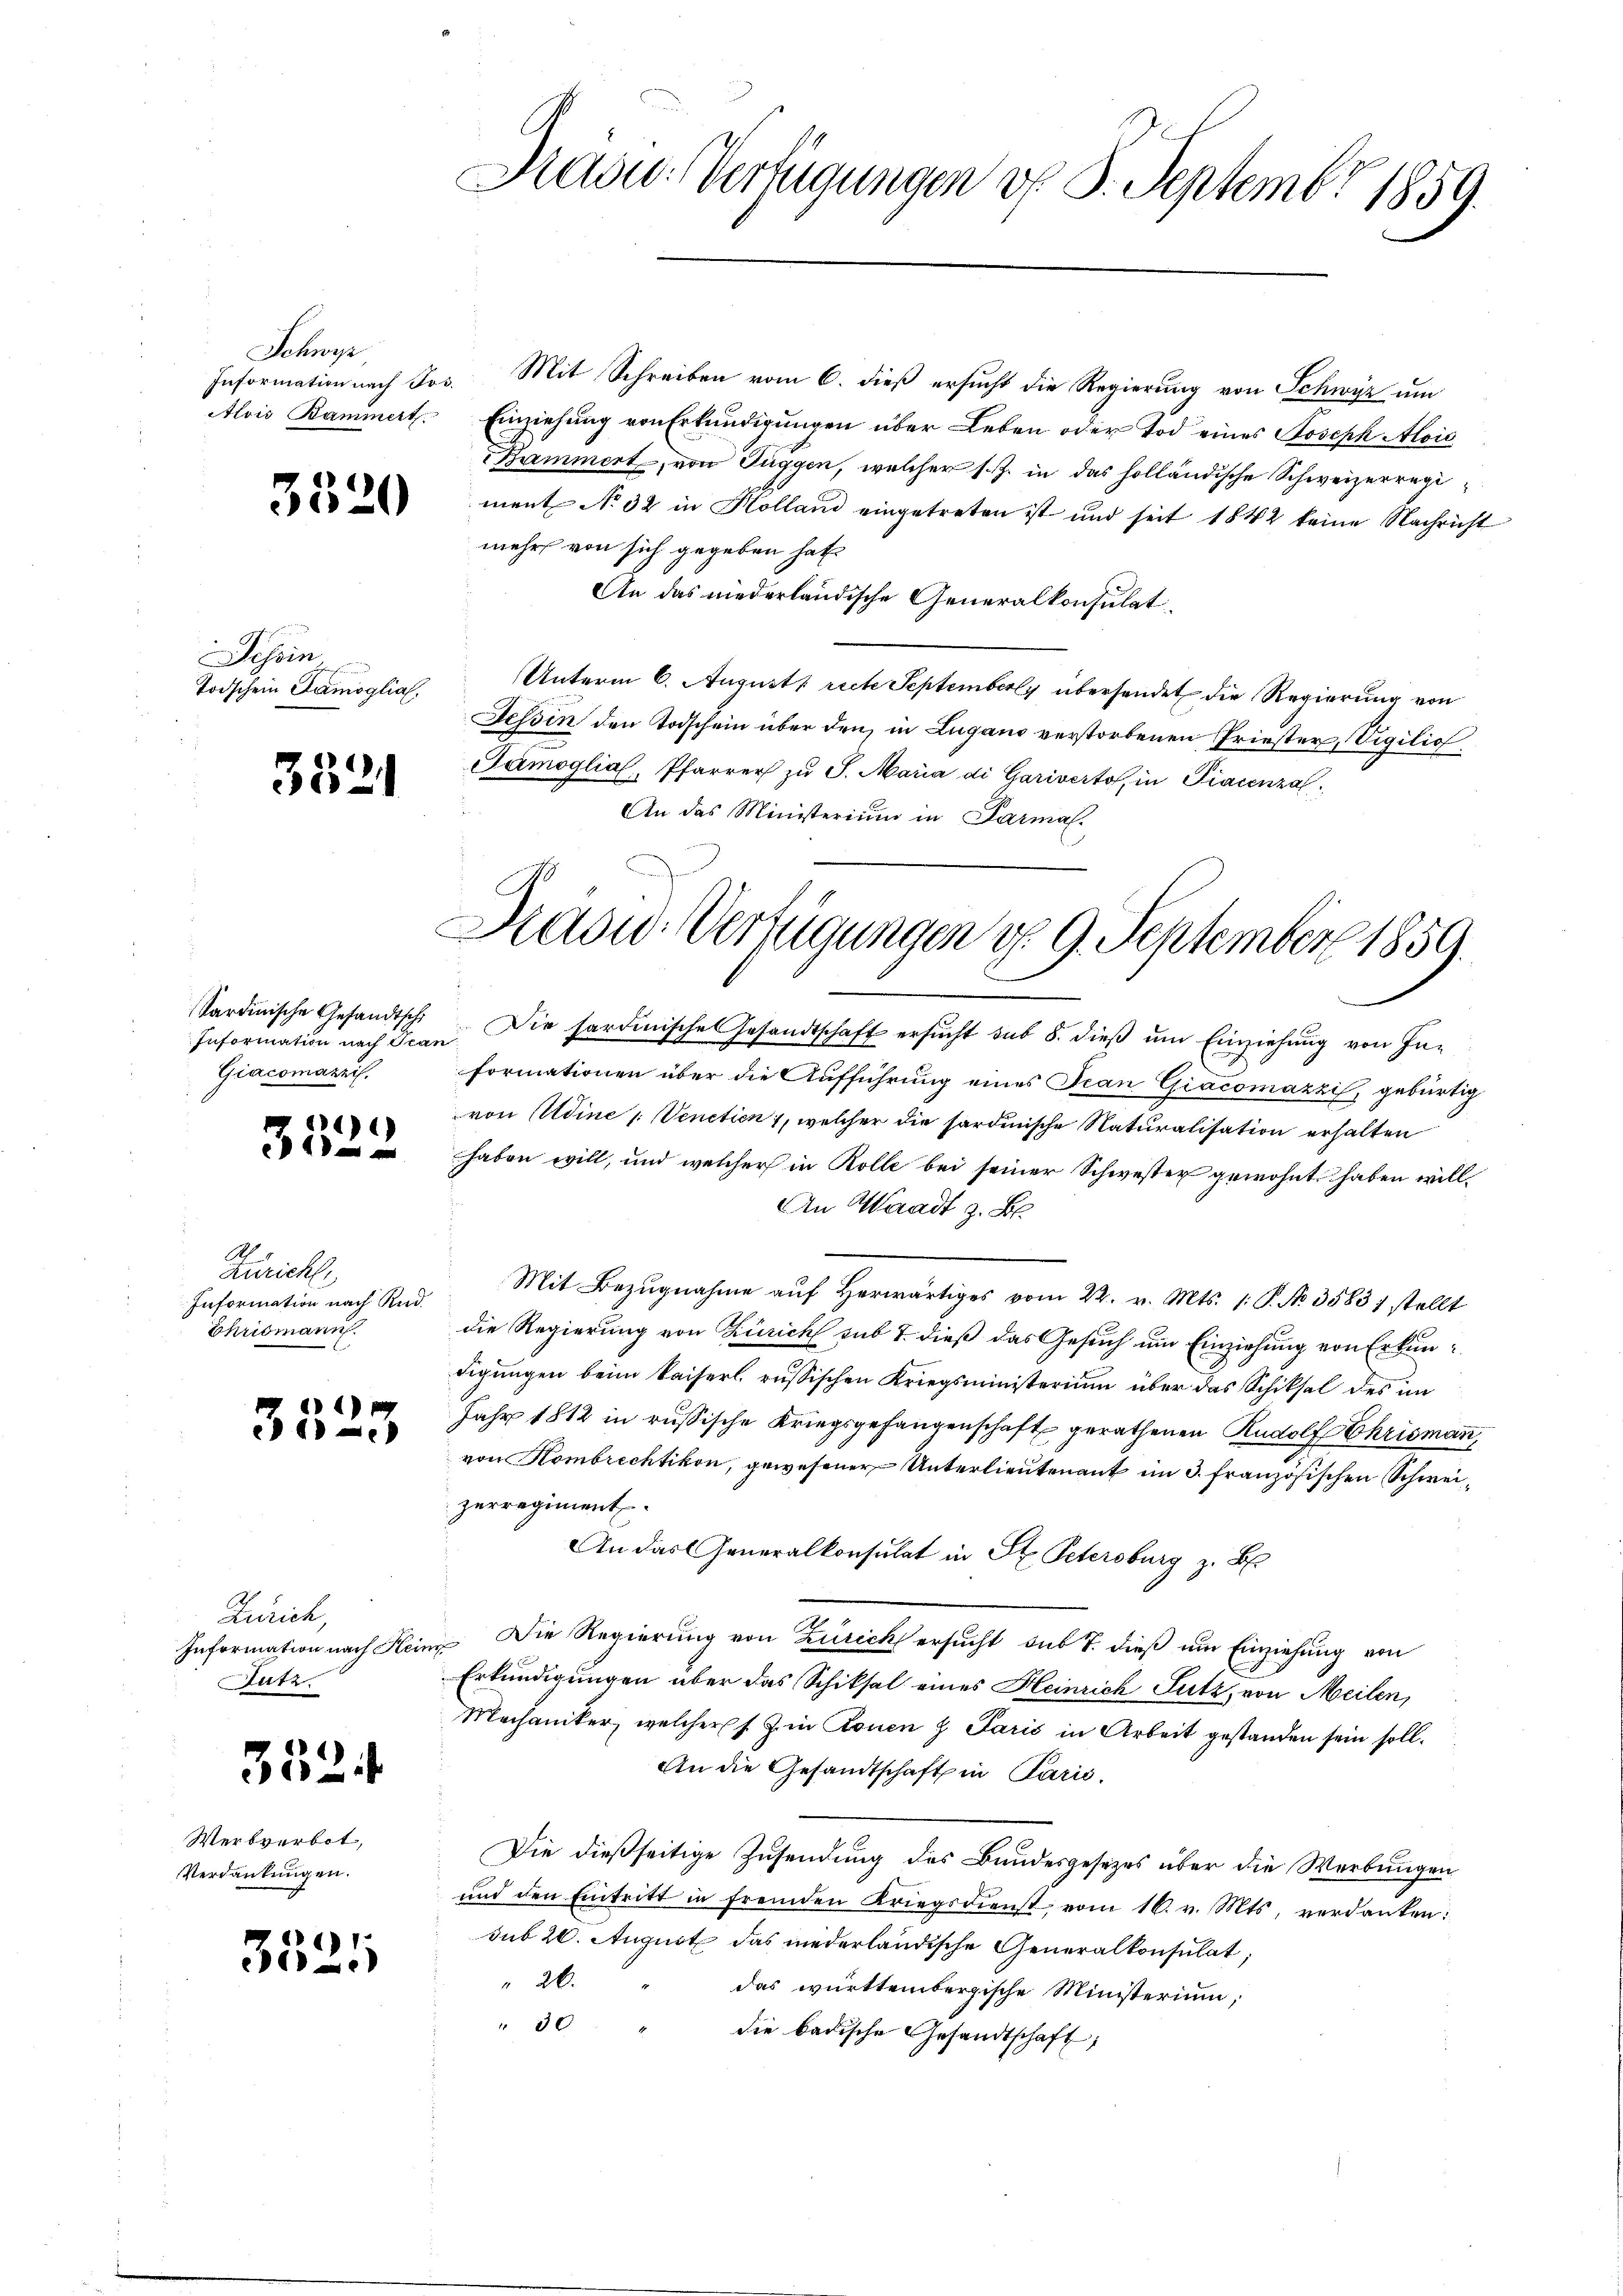
Schwy
Information nach Jos.
Alois Kammert.

3520

Schein
Todschein Samoglia.

3521

Sardinische Gesandtsche
Giacomazzi.

)
eie

Zuricht,
Information nach Rid
Ehrismann

1)
35-

Zürich,
Information nach Hein
Sutz.

352

Werbverbot,
Verdankungen.

3521

Radw. Verfügungen d. 3. Septembr 1859.

Mit Schreiben vom 6. dieß ersucht die Regierung von Schwyz um
Einziehung von Erkundigungen über Leben oder Tod eines Joseph Alois
Rammert, von Tuggen, welcher s. Z. in das holländische Schweizerregiment No 32 in Holland eingetreten ist und seit 1842 keine Nachricht
mehr von sich gegeben hat
An das niederländische Generalkonsulat
Unterm 6. August rich September übersendet die Regierung von
Tessin den Todschein über den, in Lugano verstorbenen Priester, Vigilich
Samoglia, Pfarrer zŭ S. Maria di Gariverto, in Piacenza
An das Ministerium in Parmal.

Daoud Verfügungen d. 9. September 1859.

Information nach Dran. Die sardinische Gesandtschaft ersucht sub 8. dieß um Einziehung von Informationen über die Aufführung eines Jean Giacomazzi, gebürtig
von Adine /: Venetien 1, welcher die sardinische Naturalisation erhalten
haben will, und welcher in Rolle bei seiner Schwester gewohnt haben will¬
An Waadt z. B.
Mit Bezugnahme aŭf herwärtiges vom 22. v. Mts. 1. P. No 3583) stellt
die Regierung von Zürich sub 7. dieß das Gesuch um Einziehung von Erkundigungen beim Kaiserl. russischen Kriegsministerium über das Schiksal des im
Jahr 1812 in russische Kriegsgefangenschaft gerathenen Rudolf Chrismann,
von Kombrechtikon, gewesener Unterlieutenant im 3. Französischen Schweizurregiment
An das Generalkonsulat in St. Petersburg z. B.
 Die Regierung von Zürich ersucht sub 7. dieß um Einziehung von
Erkundigungen über das Schiksal eines Heinrich Sutz, von Meilen,
Mechaniker, welcher s. Z. in Zonen z Paris in Arbeit gestanden sein soll.
An die Gesandtschaft in Paris,
Die dießseitige Zusendung des Bundesgesetzes über die Werbungen
und den Eintritt in fremden Kriegsdienst vom 16. v. Mts. verdanken:
sub 20. August das niederländische Generalkonsulat,
26.
das württembergische Ministerium,
" 30
die badische Gesandtschaft;